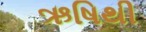
ઋષિથી